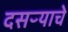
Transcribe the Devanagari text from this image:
दसऱ्याचे